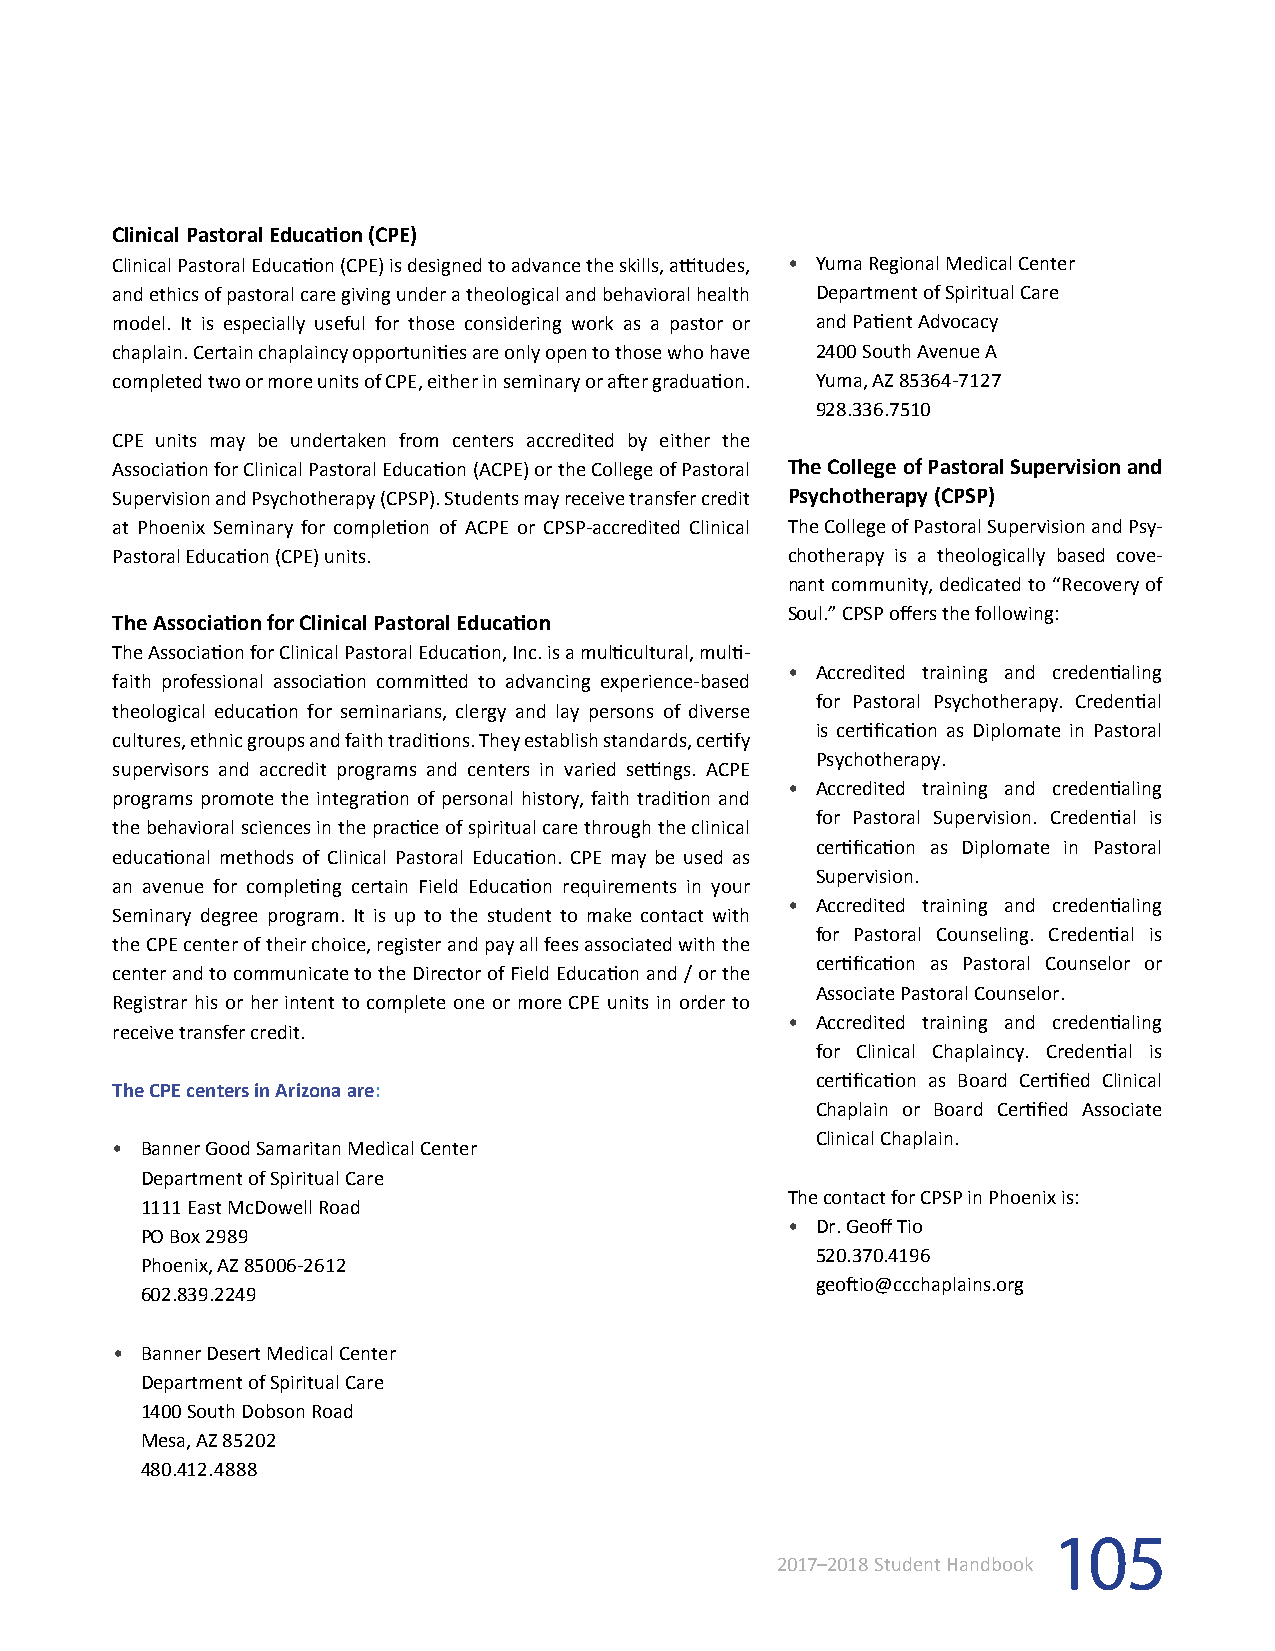
Clinical Pastoral Education (CPE)
 Clinical Pastoral Education (CPE) is designed to advance the skills, attitudes, • Yuma Regional Medical Center
 and ethics of pastoral care giving under a theological and behavioral health Department of Spiritual Care
 model. It is especially useful for those considering work as a pastor or and Patient Advocacy
 chaplain. Certain chaplaincy opportunities are only open to those who have 2400 South Avenue A
 completed two or more units of CPE, either in seminary or after graduation. Yuma, AZ 85364-7127
 928.336.7510
 CPE units may be undertaken from centers accredited by either the
 Association for Clinical Pastoral Education (ACPE) or the College of Pastoral The College of Pastoral Supervision and
 Supervision and Psychotherapy (CPSP). Students may receive transfer credit Psychotherapy (CPSP)
 at Phoenix Seminary for completion of ACPE or CPSP-accredited Clinical The College of Pastoral Supervision and Psy-
 Pastoral Education (CPE) units.              chotherapy is a theologically based cove-
 nant community, dedicated to “Recovery of
 Soul.” CPSP offers the following:
 The Association for Clinical Pastoral Education
 The Association for Clinical Pastoral Education, Inc. is a multicultural, multi-
 • Accredited training and credentialing
 faith professional association committed to advancing experience-based
 for Pastoral Psychotherapy. Credential
 theological education for seminarians, clergy and lay persons of diverse
 is certification as Diplomate in Pastoral
 cultures, ethnic groups and faith traditions. They establish standards, certify
 Psychotherapy.
 supervisors and accredit programs and centers in varied settings. ACPE
 • Accredited training and credentialing
 programs promote the integration of personal history, faith tradition and
 for Pastoral Supervision. Credential is
 the behavioral sciences in the practice of spiritual care through the clinical
 certification as Diplomate in Pastoral
 educational methods of Clinical Pastoral Education. CPE may be used as
 Supervision.
 an avenue for completing certain Field Education requirements in your
 • Accredited training and credentialing
 Seminary degree program. It is up to the student to make contact with
 for Pastoral Counseling. Credential is
 the CPE center of their choice, register and pay all fees associated with the
 certification as Pastoral Counselor or
 center and to communicate to the Director of Field Education and / or the
 Associate Pastoral Counselor.
 Registrar his or her intent to complete one or more CPE units in order to
 • Accredited training and credentialing
 receive transfer credit.
 for Clinical Chaplaincy. Credential is
 certification as Board Certified Clinical
 The CPE centers in Arizona are:
 Chaplain or Board Certified Associate
 Clinical Chaplain.
 • Banner Good Samaritan Medical Center
 Department of Spiritual Care
 The contact for CPSP in Phoenix is:
 1111 East McDowell Road
 • Dr. Geoff Tio
 PO Box 2989
 520.370.4196
 Phoenix, AZ 85006-2612
 geoftio@ccchaplains.org
 602.839.2249
 • Banner Desert Medical Center
 Department of Spiritual Care
 1400 South Dobson Road
 Mesa, AZ 85202
 480.412.4888
 105
 2017–2018 Student Handbook